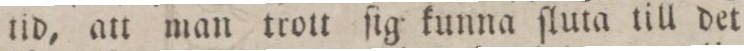
tid, att man trott ſig kunna ſluta till det